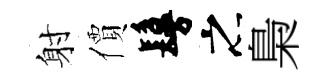
射價鬘之梟